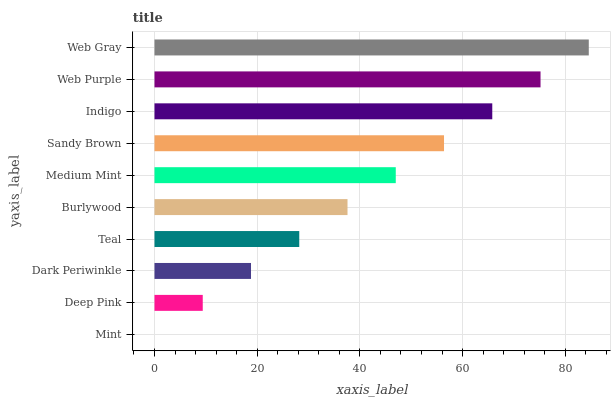
| yaxis_label | bars |
 | --- | --- |
 | Mint | 0 |
 | Deep Pink | 9.4 |
 | Dark Periwinkle | 18.8 |
 | Teal | 28.2 |
 | Burlywood | 37.6 |
 | Medium Mint | 47 |
 | Sandy Brown | 56.4 |
 | Indigo | 65.8 |
 | Web Purple | 75.2 |
 | Web Gray | 84.6 |